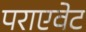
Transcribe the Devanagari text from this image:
पराएवेट